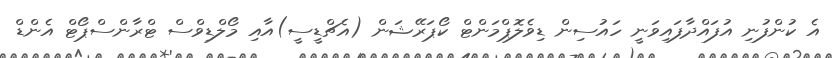
އެ ކުންފުނި އުފައްދާފައިވަނީ ހައުސިން ޑިވެލޮޕްމަންޓް ކޯޕަރޭޝަން (އެޗްޑީސީ)އާއި މޯލްޑިވްސް ޓްރާންސްޕޯޓް އެންޑް